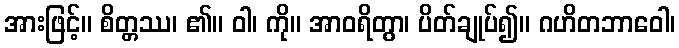
အားဖြင့်။ စိတ္တဿ၊ ၏။ ဝါ၊ ကို။ အာဝရိတွာ၊ ပိတ်ချုပ်၍။ ဂဟိတဘာဝေါ၊